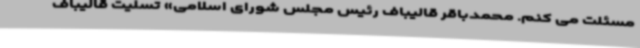
مسئلت می کنم. محمدباقر قالیباف رئیس مجلس شورای اسلامی» تسلیت قالیباف